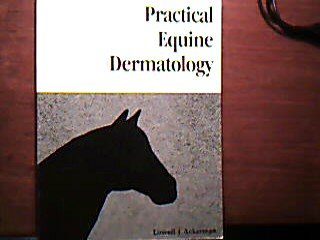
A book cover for Practical Equine Dermatology; Lowell J. Ackerman; Medical Books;